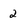
Character: 2